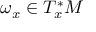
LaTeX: \omega _ { x } \in T _ { x } ^ { * } M